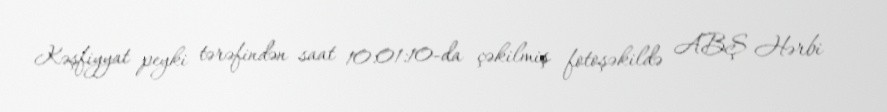
Kəşfiyyat peyki tərəfindən saat 10:01:10-da çəkilmiş fotoşəkildə ABŞ Hərbi